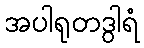
အပါရုတဒွါရံ